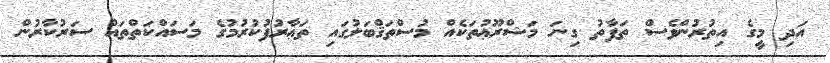
އަދި މީގެ އިތުރުންވެސް ތަފާތު ގިނަ މަޝްރޫޢުތަކެއް މުސްތަޤްބަލުގައި ތަޢާރުފުކުރުމުގެ މަސައްކަތްތައް ސަރުކާރުން